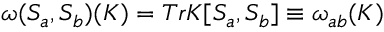
{ \omega } ( S _ { a } , S _ { b } ) ( K ) = T r K [ S _ { a } , S _ { b } ] \equiv \omega _ { a b } ( K )